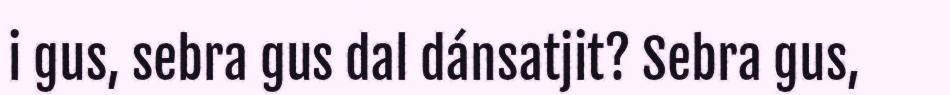
i gus, sebra gus dal dánsatjit? Sebra gus,